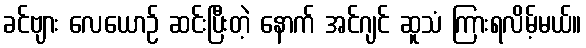
ခင်ဗျား လေယောဉ် ဆင်းပြီးတဲ့ နောက် အင်ဂျင် ဆူသံ ကြားရလိမ့်မယ်။